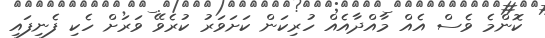
ކޮންމެ ވެސް އެއް މާއްދާއެއް ހުރިކަން ކަށަވަރު ކުރެވޭ ވަރަށް ހެކި ފެނިފައި